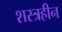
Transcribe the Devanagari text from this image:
शस्त्रहीन